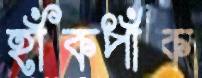
হাঁকপাঁক